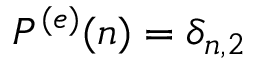
P ^ { ( e ) } ( n ) = \delta _ { n , 2 }